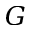
G